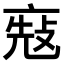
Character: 𠅬